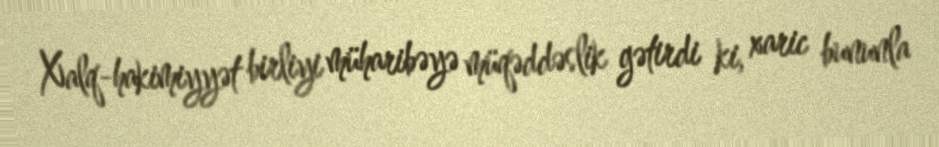
Xalq-hakimiyyət birliyi müharibəyə müqəddəslik gətirdi ki, xaric bununla